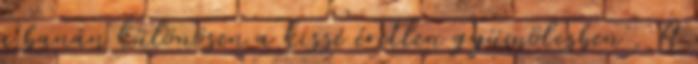
a banán különösen a kissé éretlen gyümölcsben . A